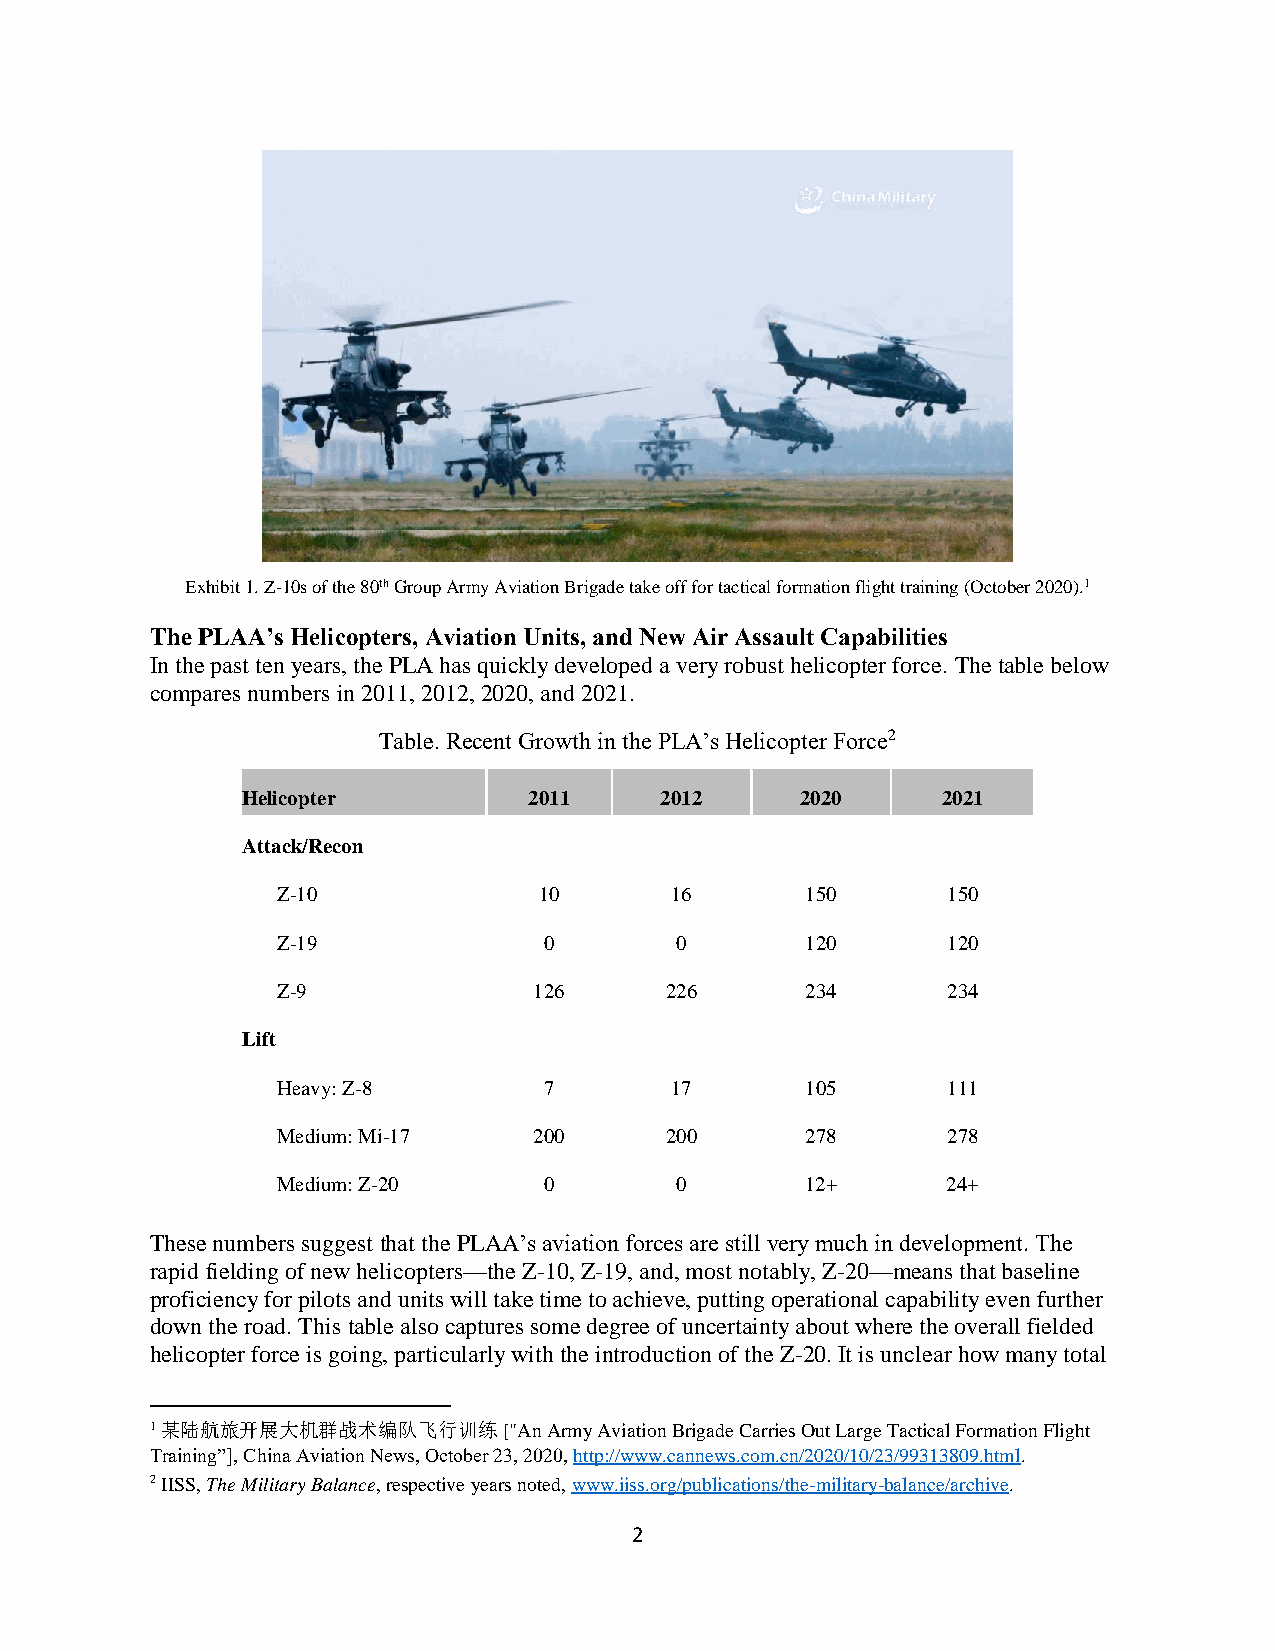
Exhibit 1. Z-10s of the 80th Group Army Aviation Brigade take off for tactical formation flight training (October 2020).1
 The PLAA’s Helicopters, Aviation Units, and New Air Assault Capabilities
 In the past ten years, the PLA has quickly developed a very robust helicopter force. The table below
 compares numbers in 2011, 2012, 2020, and 2021.
 Table. Recent Growth in the PLA’s Helicopter Force2
 Helicopter         2011     2012     2020     2021
 Attack/Recon
 Z-10              10      16       150       150
 Z-19              0        0       120       120
 Z-9              126      226      234       234
 Lift
 Heavy: Z-8        7       17       105       111
 Medium: Mi-17    200      200      278       278
 Medium: Z-20      0        0       12+       24+
 These numbers suggest that the PLAA’s aviation forces are still very much in development. The
 rapid fielding of new helicopters—the Z-10, Z-19, and, most notably, Z-20—means that baseline
 proficiency for pilots and units will take time to achieve, putting operational capability even further
 down the road. This table also captures some degree of uncertainty about where the overall fielded
 helicopter force is going, particularly with the introduction of the Z-20. It is unclear how many total
 1 某陆航旅开展大机群战术编队飞行训练    ["An Army Aviation Brigade Carries Out Large Tactical Formation Flight
 Training”], China Aviation News, October 23, 2020, http://www.cannews.com.cn/2020/10/23/99313809.html.
 2 IISS, The Military Balance, respective years noted, www.iiss.org/publications/the-military-balance/archive.
 2